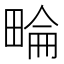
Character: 𤲕